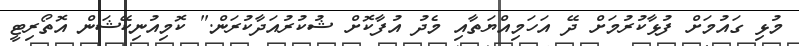
މުޅި ގައުމަށް ފުޅާކުރުމަށް ދޭ އަހަމިއްޔަތާއި މެދު އުފާކޮށް ޝުކުރުއަދާކުރަން." ކޮމިއުނިކޭޝަން އޮތޯރިޓީ